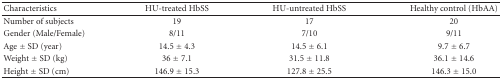
<table><thead><tr><td><b>Characteristics</b></td><td><b>HU-treated HbSS</b></td><td><b>HU-untreated HbSS</b></td><td><b>Healthy control (HbAA)</b></td></tr></thead><tbody><tr><td>Number of subjects</td><td>19</td><td>17</td><td>20</td></tr><tr><td>Gender (Male/Female)</td><td>8/11</td><td>7/10</td><td>9/11</td></tr><tr><td>Age ± SD (year)</td><td>14.5 ± 4.3</td><td>14.5 ± 6.1</td><td>9.7 ± 6.7</td></tr><tr><td>Weight ± SD (kg)</td><td>36 ± 7.1</td><td>31.5 ± 11.8</td><td>36.1 ± 14.6</td></tr><tr><td>Height ± SD (cm)</td><td>146.9 ± 15.3</td><td>127.8 ± 25.5</td><td>146.3 ± 15.0</td></tr></tbody></table>